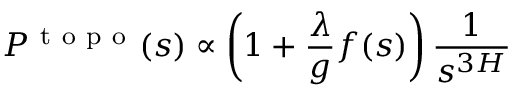
{ \cal { P } } ^ { \mathrm { ~ t ~ o ~ p ~ o ~ } } ( s ) \propto \left( 1 + \frac { \lambda } { g } f ( s ) \right) \frac { 1 } { s ^ { 3 H } }